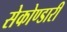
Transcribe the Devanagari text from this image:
सेकोण्डारी